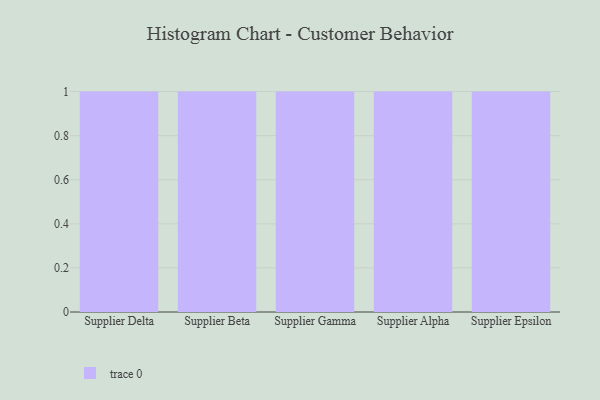
{"axis": {"x": "Supplier", "y": "Page Views"}, "legend": [""], "data": [{"x": "Supplier Delta", "y": 90, "type": ""}, {"x": "Supplier Beta", "y": 55, "type": ""}, {"x": "Supplier Gamma", "y": 59, "type": ""}, {"x": "Supplier Alpha", "y": 5, "type": ""}, {"x": "Supplier Epsilon", "y": 79, "type": ""}]}